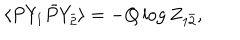
LaTeX: \langle P Y _ { 1 } \bar { P } Y _ { \bar { 2 } } \rangle = - Q \log Z _ { 1 \bar { 2 } } ,